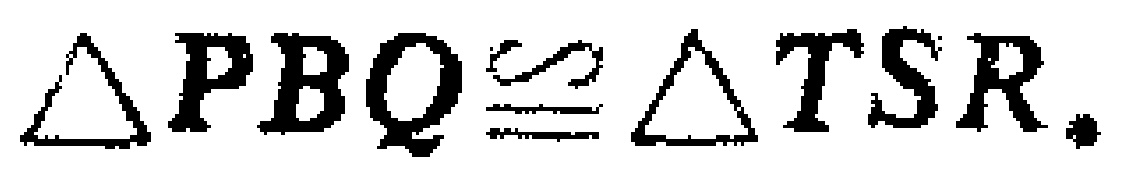
$\triangle PBQ\cong\triangle TSR.$